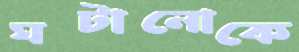
ঘটানোকে